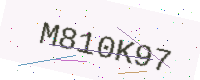
Text: M810K97